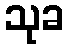
သုခ